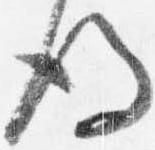
後